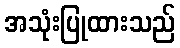
အသုံးပြုထားသည်